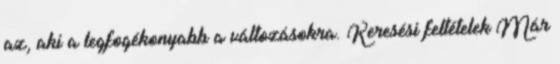
az, aki a legfogékonyabb a változásokra. Keresési feltételek Már